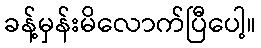
ခန့်မှန်းမိလောက်ပြီပေါ့။